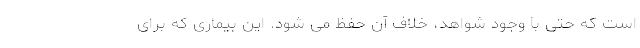
است كه حتی با وجود شواهد، خلاف آن حفظ می شود. این بیماری که برای